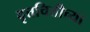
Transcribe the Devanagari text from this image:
वृत्तचित्तीच्या